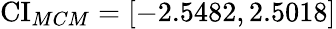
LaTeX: \operatorname{CI}_{MCM}=[-2.5482,2.5018]